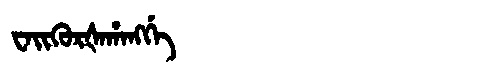
Manchu: ᠸᠠᡳᡴᡠᡵᡧᠠᡥᠠᠩᡤᡝ
Romanization: WAIKURŠAHANGGE